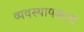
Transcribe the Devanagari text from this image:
व्यवस्थापकास